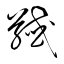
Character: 馘